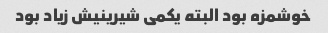
خوشمزه بود البته یکمی شیرینیش زیاد بود